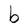
Character: b